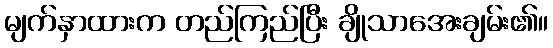
မျက်နှာထားက တည်ကြည်ပြီး ချိုသာအေးချမ်း၏။